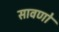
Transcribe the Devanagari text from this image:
सावणो